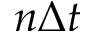
n \Delta t